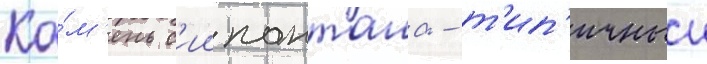
Ка́м'ень с'иипанташа - т'ип'ичныи